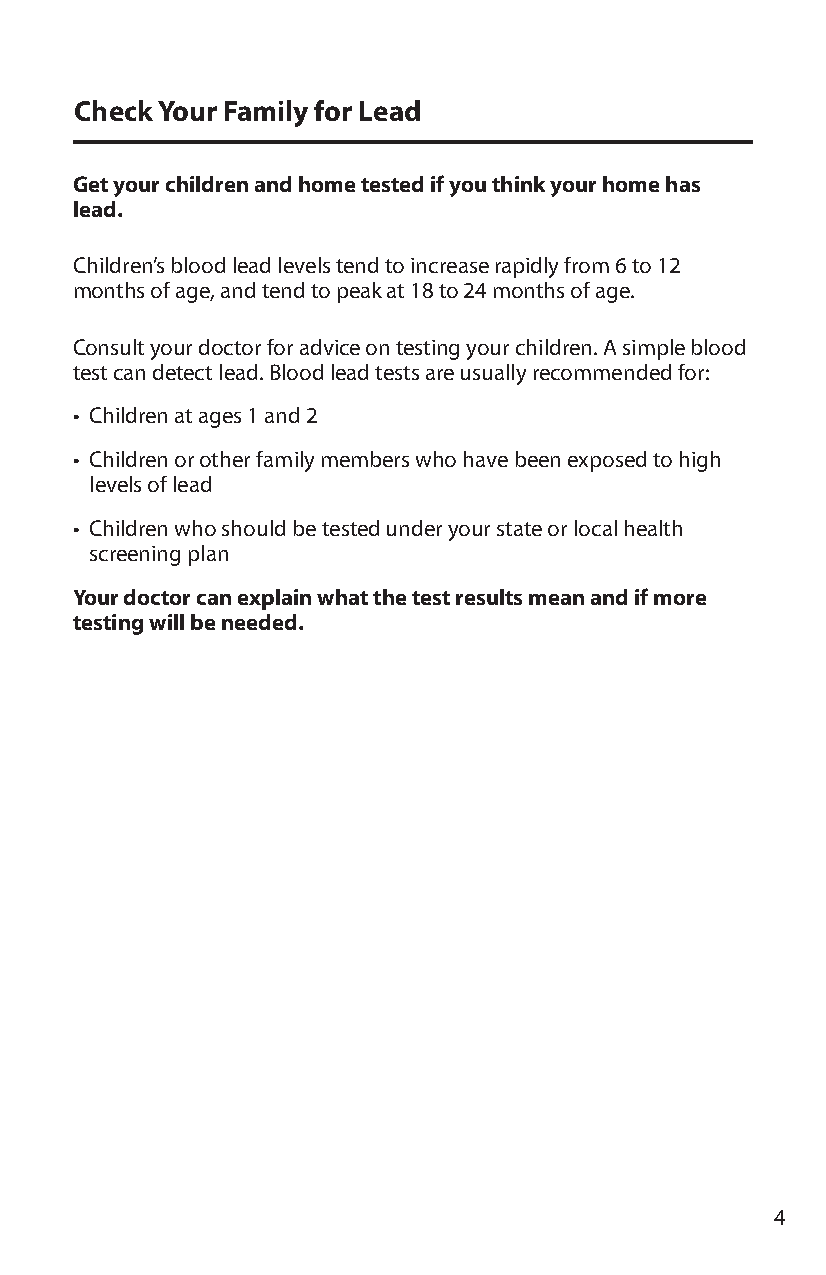
Check Your Family for Lead
 Get your children and home tested if you think your home has
 lead.
 Children’s blood lead levels tend to increase rapidly from 6 to 12
 months of age, and tend to peak at 18 to 24 months of age.
 Consult your doctor for advice on testing your children. A simple blood
 test can detect lead. Blood lead tests are usually recommended for:
 • Children at ages 1 and 2
 • Children or other family members who have been exposed to high
 levels of lead
 • Children who should be tested under your state or local health
 screening plan
 Your doctor can explain what the test results mean and if more
 testing will be needed.
 4